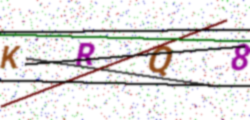
Text: KRQ8